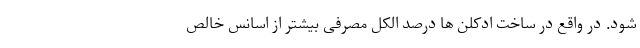
شود. در واقع در ساخت ادکلن ها درصد الکل مصرفی بیشتر از اسانس خالص